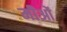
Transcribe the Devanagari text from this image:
मीओं